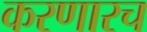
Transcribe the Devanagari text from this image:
करणारच